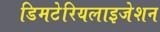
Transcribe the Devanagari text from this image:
डिमटेरियलाइजेशन